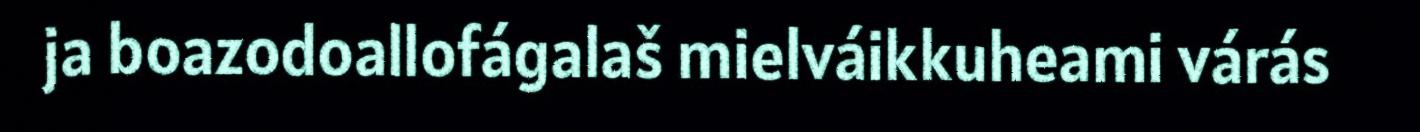
ja boazodoallofágalaš mielváikkuheami várás